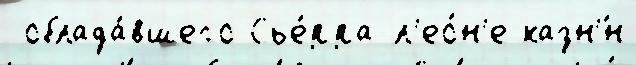
 облада́вшего Сье́рра-л'ео́н'е казн'́н